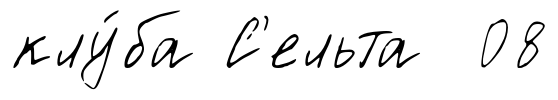
клу́ба С'ельта 08